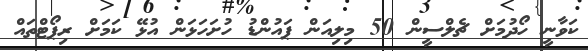
ކަވާނީ ހޯދުމަށް ޗެލްސީން 50 މިލިއަން ޕައުންޑު ހުށަހަޅަން އުޅޭ ކަމަށް ރިޕޯޓްތައް